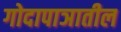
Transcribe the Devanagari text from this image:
गोदापाञातील